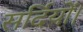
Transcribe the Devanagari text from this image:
सर्दियों।